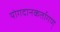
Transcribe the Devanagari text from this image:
योगदानकर्तागण्